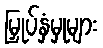
မြှုပ်နှံမှုများ